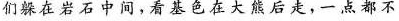
们躲在岩石中间，看基色在大熊后走，一点都不